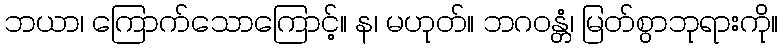
ဘယာ၊ ကြောက်သောကြောင့်။ န၊ မဟုတ်။ ဘဂဝန္တံ၊ မြတ်စွာဘုရားကို။